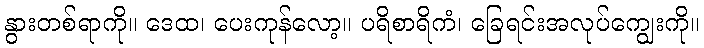
နွားတစ်ရာကို။ ဒေထ၊ ပေးကုန်လော့။ ပရိစာရိကံ၊ ခြေရင်းအလုပ်ကျွေးကို။